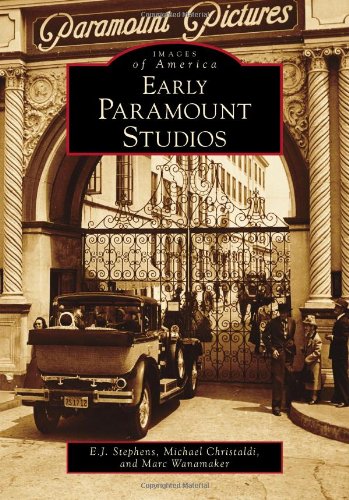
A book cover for Early Paramount Studios (Images of America (Arcadia Publishing)); E.J. Stephens; Humor & Entertainment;